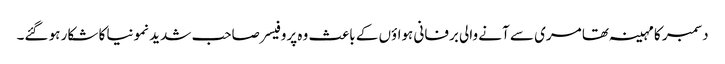
دسمبر کا مہینہ تھا مری سے آنے والی برفانی ہواؤں کے باعث وہ پروفیسر صاحب شدید نمونیا کا شکار ہو گئے۔